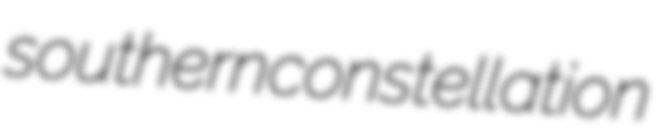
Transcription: southern constellation